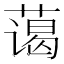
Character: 蔼